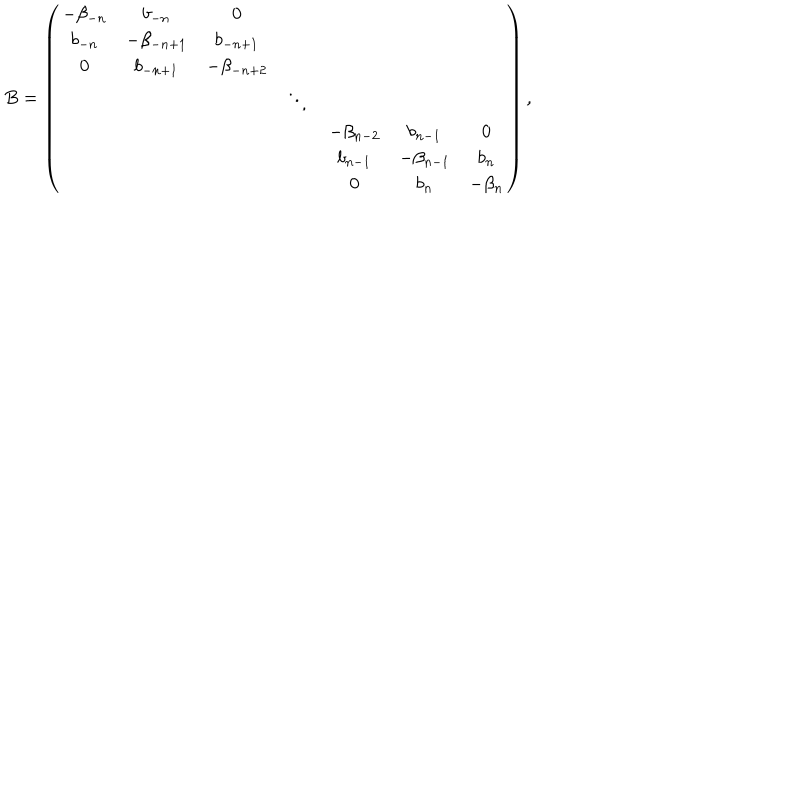
LaTeX: B = \left( \begin{array} { c c c c c c c } { { - \beta _ { - n } } } & { { b _ { - n } } } & { { 0 } } & { { } } & { { } } & { { } } & { { } } \\ { { b _ { - n } } } & { { - \beta _ { - n + 1 } } } & { { b _ { - n + 1 } } } & { { } } & { { } } & { { } } & { { } } \\ { { 0 } } & { { b _ { - n + 1 } } } & { { - \beta _ { - n + 2 } } } & { { } } & { { } } & { { } } & { { } } \\ { { } } & { { } } & { { } } & { { \ddots } } & { { } } & { { } } & { { } } \\ { { } } & { { } } & { { } } & { { } } & { { - \beta _ { n - 2 } } } & { { b _ { n - 1 } } } & { { 0 } } \\ { { } } & { { } } & { { } } & { { } } & { { b _ { n - 1 } } } & { { - \beta _ { n - 1 } } } & { { b _ { n } } } \\ { { } } & { { } } & { { } } & { { } } & { { 0 } } & { { b _ { n } } } & { { - \beta _ { n } } } \\ \end{array} \right) ,